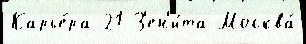
Карье́ра 21 З'ен'и́та Москва́